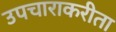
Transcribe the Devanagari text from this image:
उपचाराकरीता